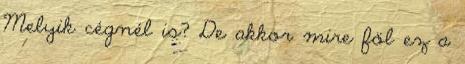
Melyik cégnél is? De ak­kor mi­re föl ez a